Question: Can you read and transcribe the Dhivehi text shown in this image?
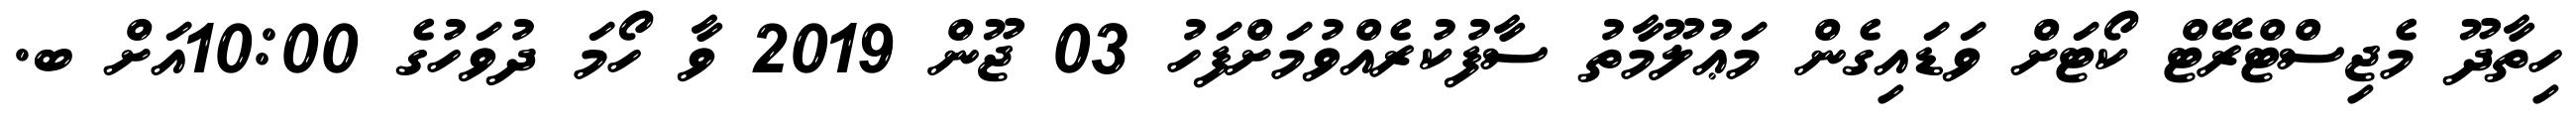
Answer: ހިތާދޫ މެޖިސްޓްރޭޓް ކޯޓަށް ވަޑައިގެން މަޢުލޫމާތު ސާފުކުރެއްވުމަށްފަހު 03 ޖޫން 2019 ވާ ހޯމަ ދުވަހުގެ 10:00އަށް ބ.